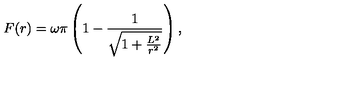
F ( r ) = \omega \pi \left( 1 - \frac { 1 } { \sqrt { 1 + \frac { L ^ { 2 } } { r ^ { 2 } } } } \right) ,